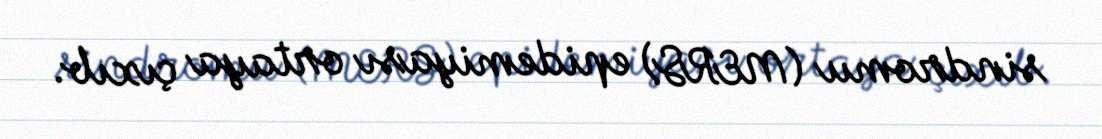
sindromu (MERS) epidemiyası ortaya çıxıb.